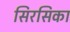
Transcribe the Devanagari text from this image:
सिरसिका